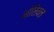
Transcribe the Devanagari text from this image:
ओलिवल